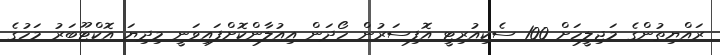
ރައްޔިތުންގެ މަޖިލީހަށް 100 ސެކިއުރިޓީ އޮފިސަރުން ހޯދަން އިއުލާންކޮށްފައިވަނީ މިދިޔަ އޮކްޓޫބަރު މަހުގެ